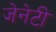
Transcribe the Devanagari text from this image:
जेनेटी